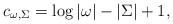
LaTeX: \begin{align*} c_{\omega, \Sigma} = \log |\omega| - |\Sigma| + 1, \end{align*}